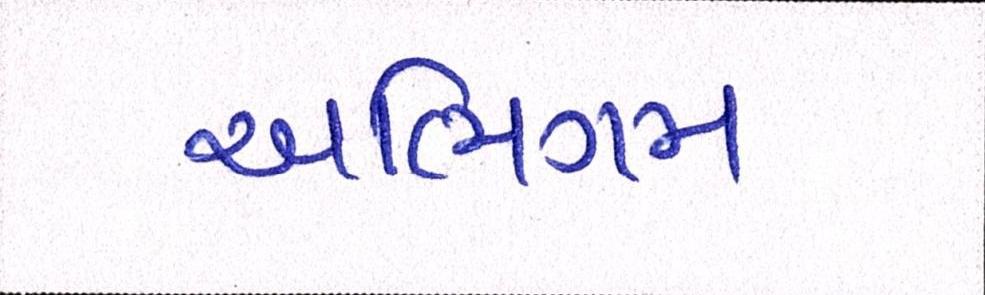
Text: અભિગમ